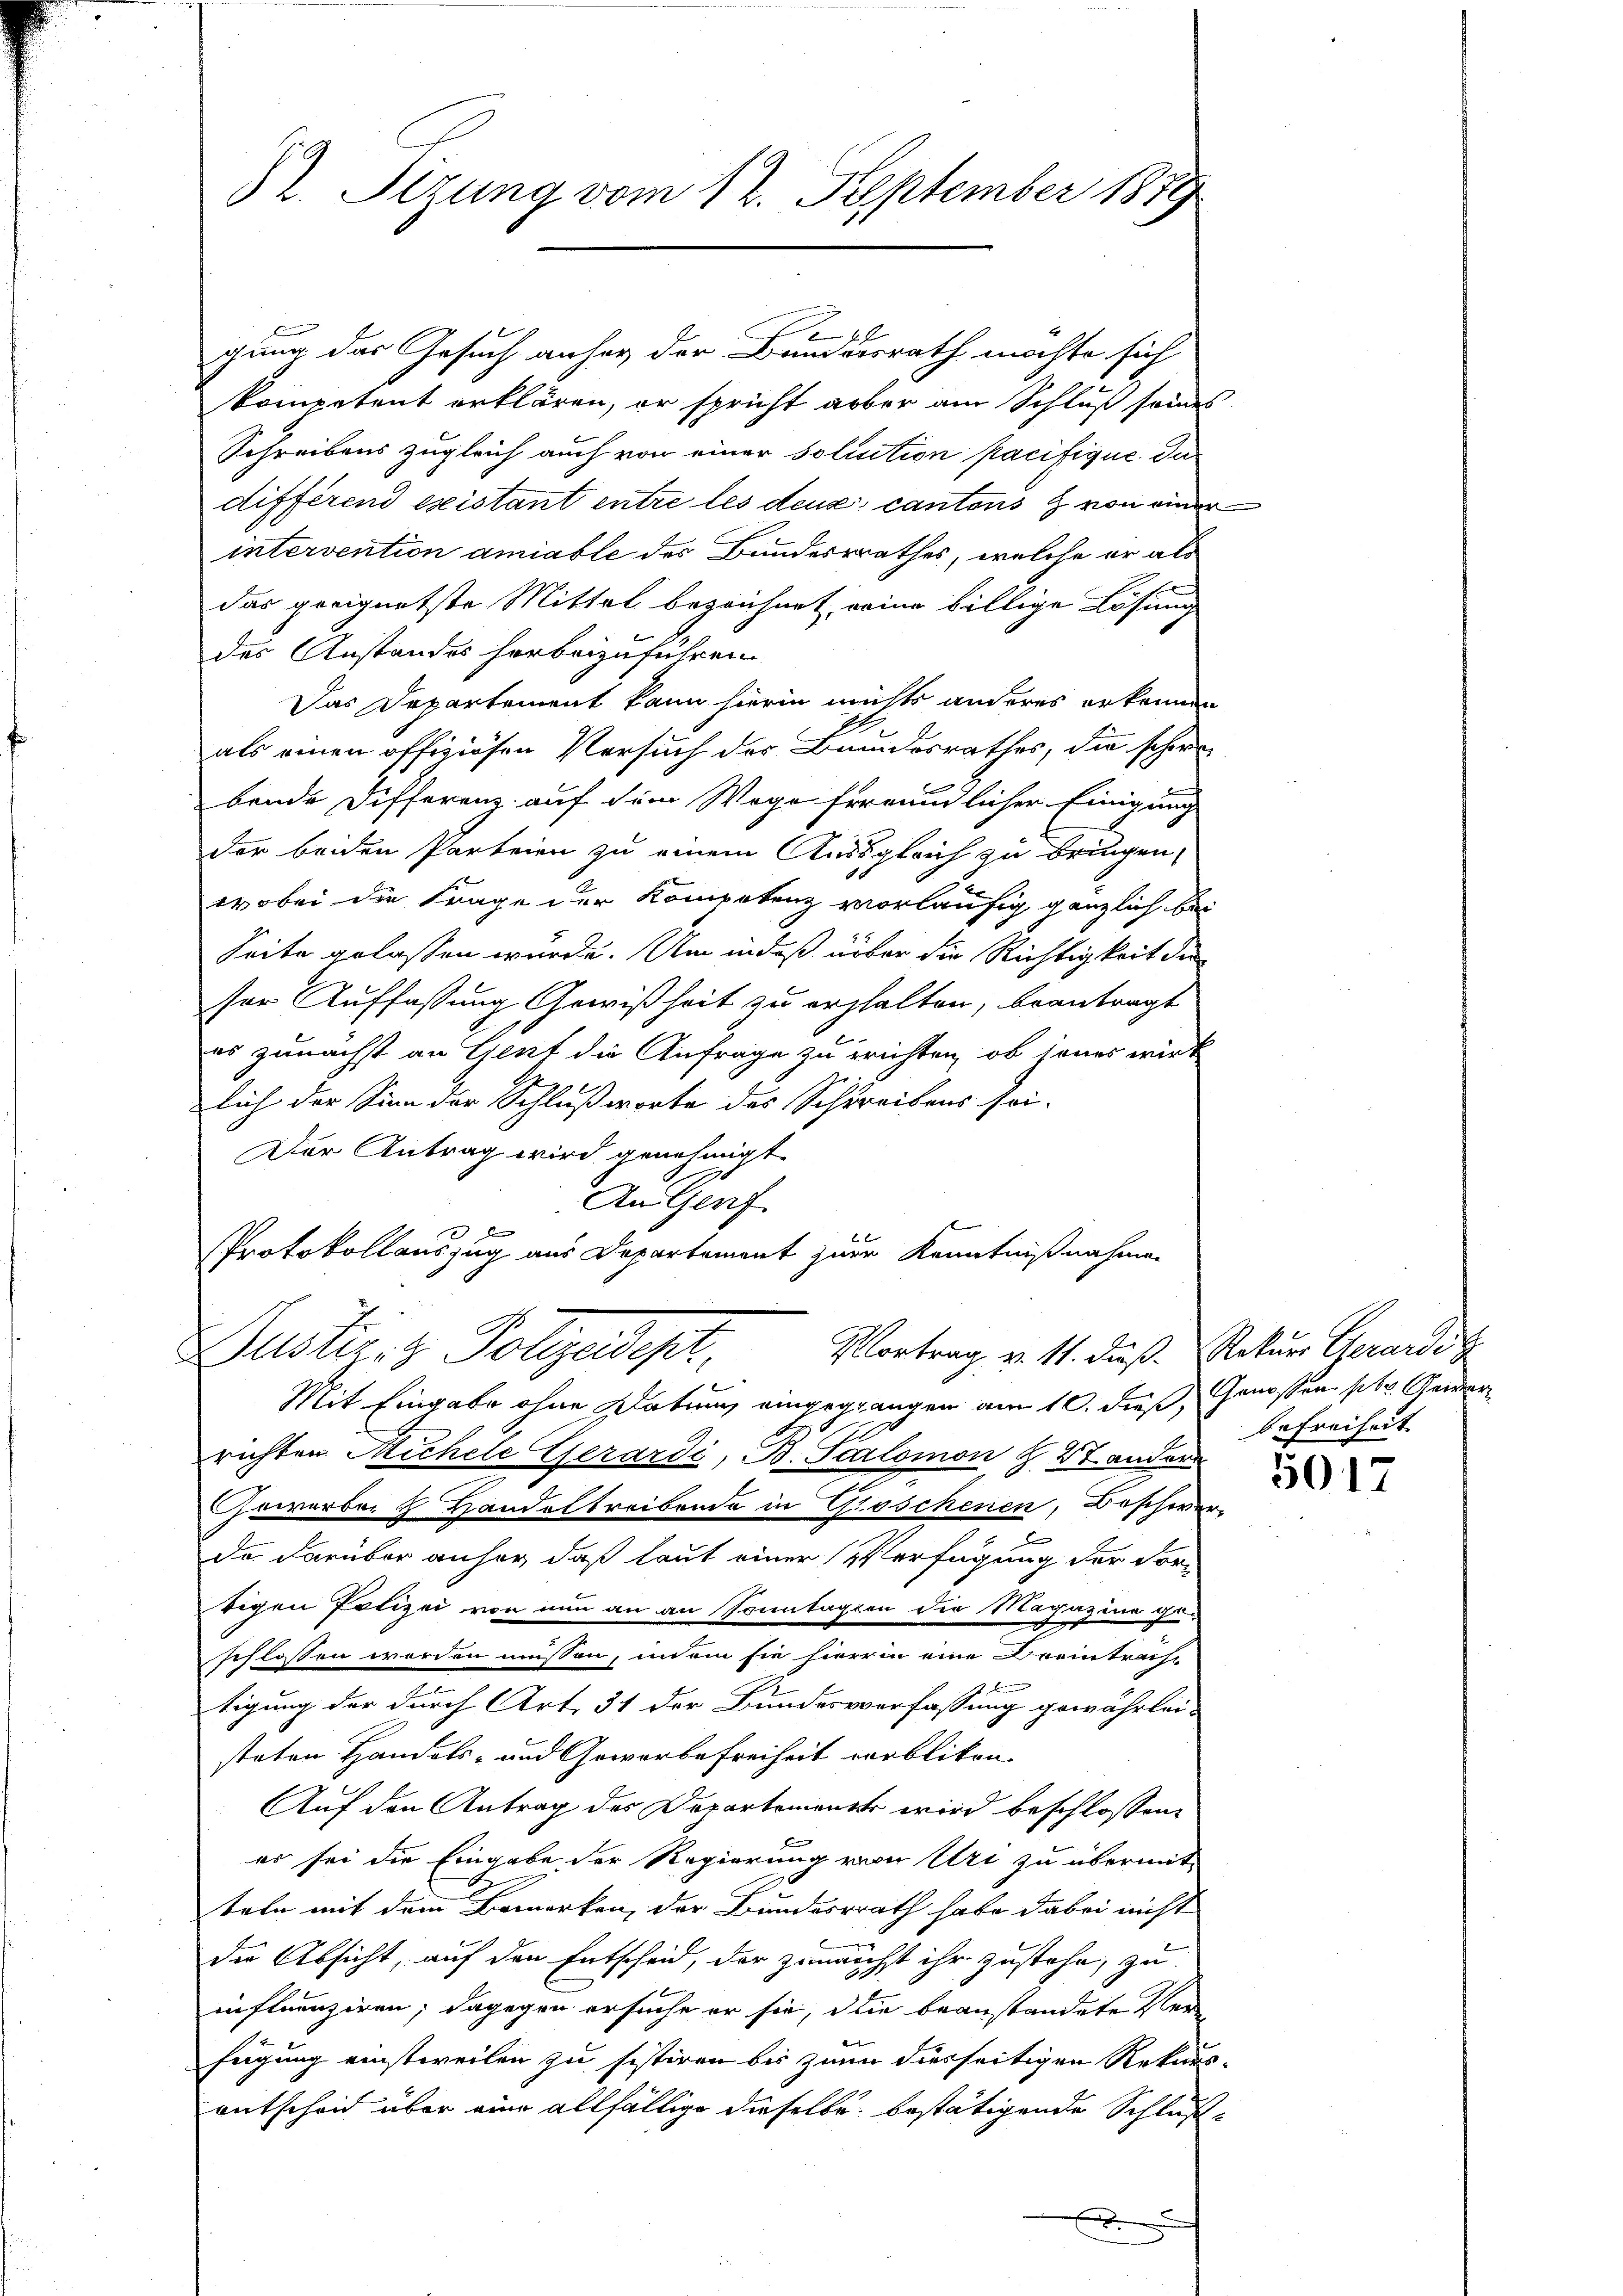
82. Sizung vom 12. September 1879

gung das Gesuch anher der Bundesrath möchte sich
kompetent erklären, er spricht aber am Schluß sondes
Schreibens zugleich auch von einer Solisition pacifique. Das
différend existant entre les deux cantons & von einer
intervention amiable des Bundesrathes, welche er als
das geeignetste Mittel bezeichnet, eine billige Lösung
des Anstandes herbeizuführen
Das Departement kann hierin nichts anderes erkennen
als einen offiziösen Versuch der Bundesrathes, die schon
bende Differenz auf dem Wege freundlicher Einigung
der beiden Parteien zu einem Aussgleich zu bringen,
wobei die Frage der Kompetenz vorläufig gänzlich bei
Seite gelassen würde. Um in daß über die Richtigkeit der
ser Auffassung Gewißheit zu erhalten, beantragt
es zunächst an Genf die Anfrage zu erichten, ob jenes wirk
lich der Sinn der Schlußworte des Schreibens sei-
Der Antrag wird genehmigt.
Aus Genf
e
Protokollauszug aus Departement zur Kenntnißnahmen
Dustiz- & Polizeipr
Vortrag v. 11. dieß. Rekurs Gerardis
Mit Eingabe ohne Datum eingegangen am 10. dieß, Genossen pr. Gewer¬
2
richten Michele Gerardi, B. Scalomon Z. 27 andere
Gewerber H. Handeltreibende in Groschenen, Beschwer
da darüber anher, daß laut einer Verfügung der Fortigen Potizei von nun an an Sonntagion die Magazine ge-
x
schlossen worden müssen, indem sie hierin eine Dreintracht
e
tigung der durch Art. 31 der Bundesverfassung gewährleisteten Handels- und Gewerbefreiheit corblikon-
Auf den Antrag des Departements wird beschlossene
F
es sei die Eingabe der Regierung von Uri zu übermit-
teln mit dem Bemerken, der Bundesrath habe dabei nicht
.
der Absicht, auf den Entscheid, der zunächst ihr zustehe, zu
influenziren; dagegen ersuche er sie, die beanstandete Ver
fügung einstweilen zu sistiren bis zum diesseitigen Rekurs
entscheid über eine allfällige dieselbe bestätigende Schluße

e

befreiheit

t
.
.

5017